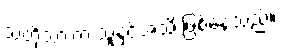
သတို့သားက သူနှင့်အသိ ဖြစ်နေသည်။